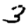
Digit: 3